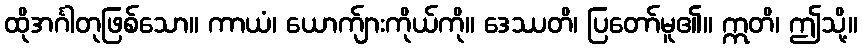
ထိုအင်္ဂါတုဖြစ်သော။ ကာယံ၊ ယောက်ျားကိုယ်ကို။ ဒေဿတိ၊ ပြတော်မူ၏။ ဣတိ၊ ဤသို့။